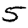
Digit: 5